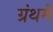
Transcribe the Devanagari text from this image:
ग्रंथमें